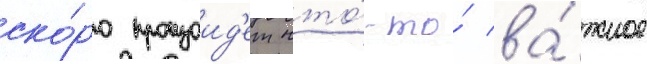
ско́ро произоид'ет что́-то́ ва́жное